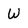
Character: W